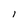
Character: 1